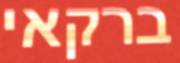
ברקאי